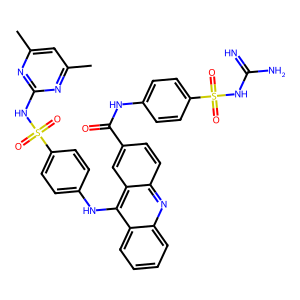
SMILES: Cc1cc(C)nc(NS(=O)(=O)c2ccc(Nc3c4ccccc4nc4ccc(C(=O)Nc5ccc(S(=O)(=O)NC(=N)N)cc5)cc34)cc2)n1
Inhibits HIV replication: Yes